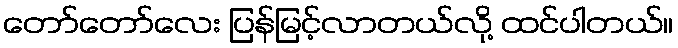
တော်တော်လေး ပြန်မြင့်လာတယ်လို့ ထင်ပါတယ်။